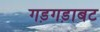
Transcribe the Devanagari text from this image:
गड़गड़ाबट